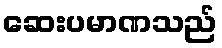
ဆေးပမာဏသည်